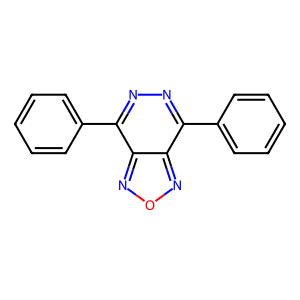
SMILES: c1ccc(-c2nnc(-c3ccccc3)c3nonc23)cc1
Inhibits HIV replication: No